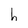
Character: h